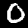
Digit: 0